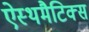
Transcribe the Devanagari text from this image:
ऐस्थमैटिक्स